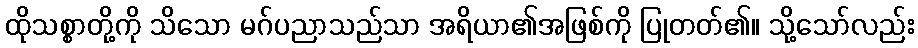
ထိုသစ္စာတို့ကို သိသော မဂ်ပညာသည်သာ အရိယာ၏အဖြစ်ကို ပြုတတ်၏။ သို့သော်လည်း